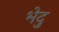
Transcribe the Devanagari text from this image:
भेदु